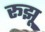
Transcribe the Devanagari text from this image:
रूझू